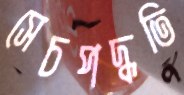
সেচপদ্ধতি